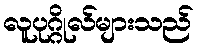
လူပုဂ္ဂိုလ်များသည်